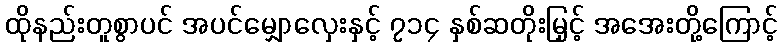
ထိုနည်းတူစွာပင် အပင်မျှောလှေးနှင့် ၇၁၄ နှစ်ဆတိုးမြှင့် အအေးတို့ကြောင့်